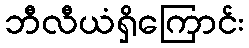
ဘီလီယံရှိကြောင်း